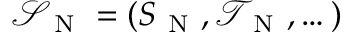
\mathcal { S } _ { \mathrm { ~ N ~ } } = ( S _ { \mathrm { ~ N ~ } } , \mathcal { T } _ { \mathrm { ~ N ~ } } , \dots )